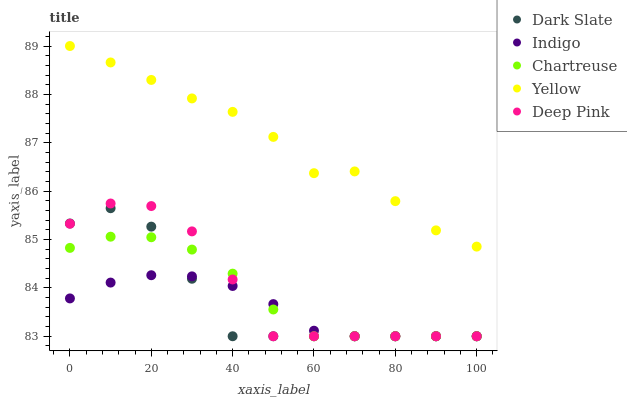
| xaxis_label | Dark Slate | Indigo | Chartreuse | Yellow | Deep Pink |
 | --- | --- | --- | --- | --- | --- |
 | 0 | 85.3 | 83.8 | 84.8 | 89 | 85.3 |
 | 10 | 85.6 | 84.1 | 85.1 | 88.7 | 85.7 |
 | 20 | 85.3 | 84.3 | 85 | 88.3 | 85.7 |
 | 30 | 84.2 | 84.2 | 84.8 | 87.9 | 85.2 |
 | 40 | 83 | 84 | 84.3 | 87.6 | 84.2 |
 | 50 | 83 | 83.7 | 83.6 | 87.1 | 83 |
 | 60 | 83 | 83.1 | 83 | 86.4 | 83 |
 | 70 | 83 | 83 | 83 | 86.4 | 83 |
 | 80 | 83 | 83 | 83 | 85.8 | 83 |
 | 90 | 83 | 83 | 83 | 85.2 | 83 |
 | 100 | 83 | 83 | 83 | 84.9 | 83 |